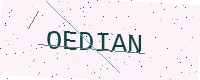
Text: OEDIAN